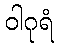
ဝါဂုရံ